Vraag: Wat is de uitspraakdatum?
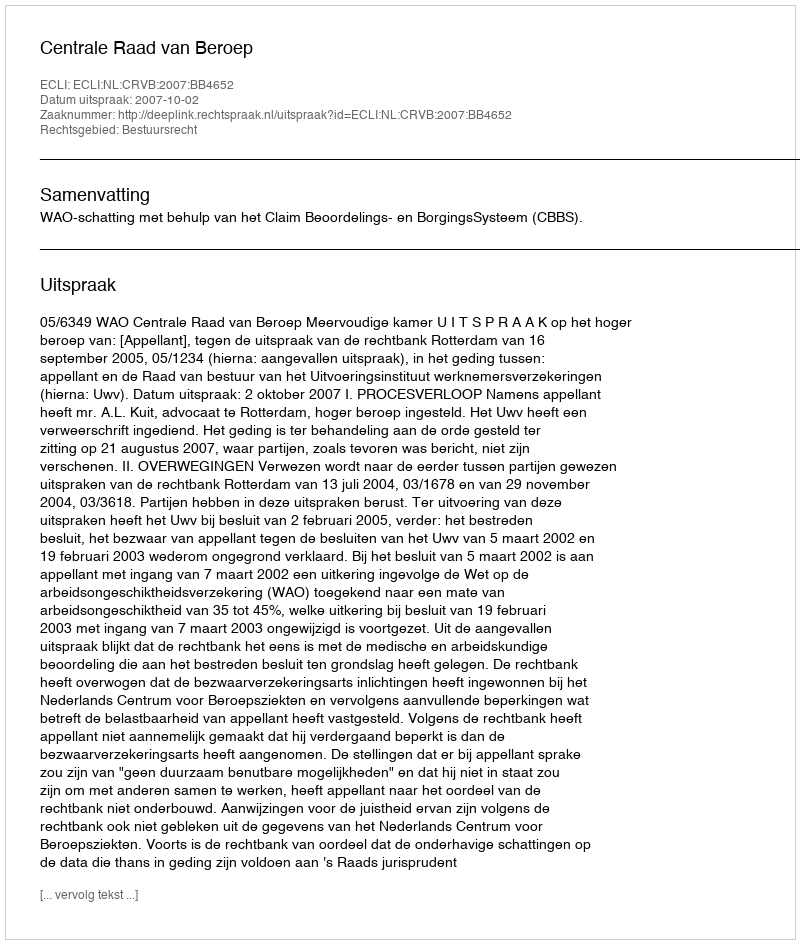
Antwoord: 2007-10-02